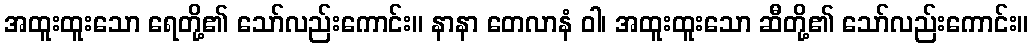
အထူးထူးသော ရေတို့၏ သော်လည်းကောင်း။ နာနာ တေလာနံ ဝါ၊ အထူးထူးသော ဆီတို့၏ သော်လည်းကောင်း။